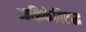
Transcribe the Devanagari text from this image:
आफ़्रिकेविरूद्ध